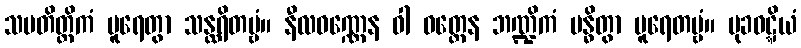
သမတိတ္တိကံ ပူရေတွာ သန္ထရိတဗ္ဗံ။ နီလဝဏ္ဏေန ဝါ ဝတ္ထေန ဘဏ္ဍိကံ ဗန္ဓိတွာ ပူရေတဗ္ဗံ။ မုခဝဋ္ဋိယံ